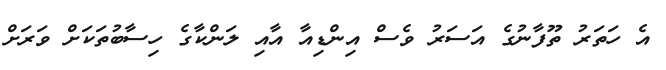
އެ ހަތަރު ތޫފާނުގެ އަސަރު ވެސް އިންޑިއާ އާއި ލަންކާގެ ހިސާބުތަކަށް ވަރަށް